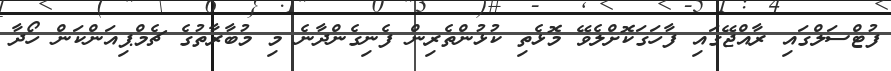
ފުޓްސަލްގައި ރާއްޖޭގައި ފާހަގަކޮށްލެވޭ މޮޅެތި ކުޅުންތެރިން ފެނިގެންދާނެ މި މުބާރާތުގެ ޗެމްޕިއަންކަން ހޯދާ